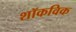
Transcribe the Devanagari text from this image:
शॉकविक